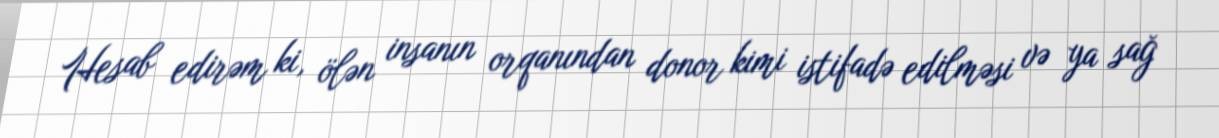
Hesab edirəm ki, ölən insanın orqanından donor kimi istifadə edilməsi və ya sağ